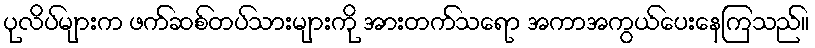
ပုလိပ်များက ဖက်ဆစ်တပ်သားများကို အားတက်သရော အကာအကွယ်ပေးနေကြသည်။